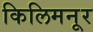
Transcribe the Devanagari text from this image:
किलिमनूर